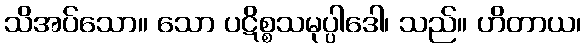
သိအပ်သော။ သော ပဋိစ္စသမုပ္ပါဒေါ၊ သည်။ ဟိတာယ၊